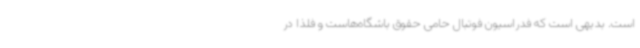
است. بدیهی است که فدراسیون فوتبال حامی حقوق باشگاه‌هاست و فلذا در